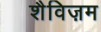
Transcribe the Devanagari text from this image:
शैविज़म